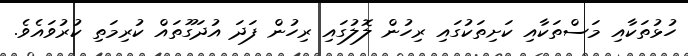
ހުޅުތަކާއި މަސްތަކާއި ކަށިތަކުގައި ރިހުން ލޮލުގައި ރިހުން ފަދަ އުދަގޫތައް ކުރިމަތި ކުރުވައެވެ.